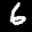
Label: 6